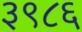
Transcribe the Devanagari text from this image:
३९८६